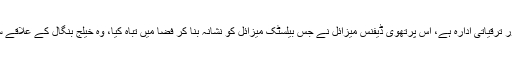
ڈی آر ڈی او کے مطابق، جو بھارتی وزارت دفاع کا ایک تحقیقی اور ترقیاتی ادارہ ہے، اس پرتھوی ڈیفنس میزائل نے جس بیلسٹک میزائل کو نشانہ بنا کر فضا میں تباہ کیا، وہ خیلج بنگال کے علاقے سے بھارتی بحریہ کے ایک جنگی بحری جہاز سے فائر کیا گیا تھا۔